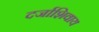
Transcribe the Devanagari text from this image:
दर्जाशिवाय